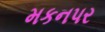
મકનપર